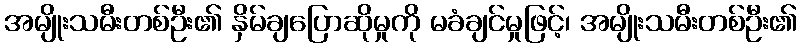
အမျိုးသမီးတစ်ဦး၏ နှိမ်ချပြောဆိုမှုကို မခံချင်မှုဖြင့်၊ အမျိုးသမီးတစ်ဦး၏